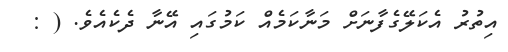
އިތުރު އެކަލޭގެފާނަށް މަނާކަމެއް ކަމުގައި އޭނާ ދެކެއެވެ. ( :